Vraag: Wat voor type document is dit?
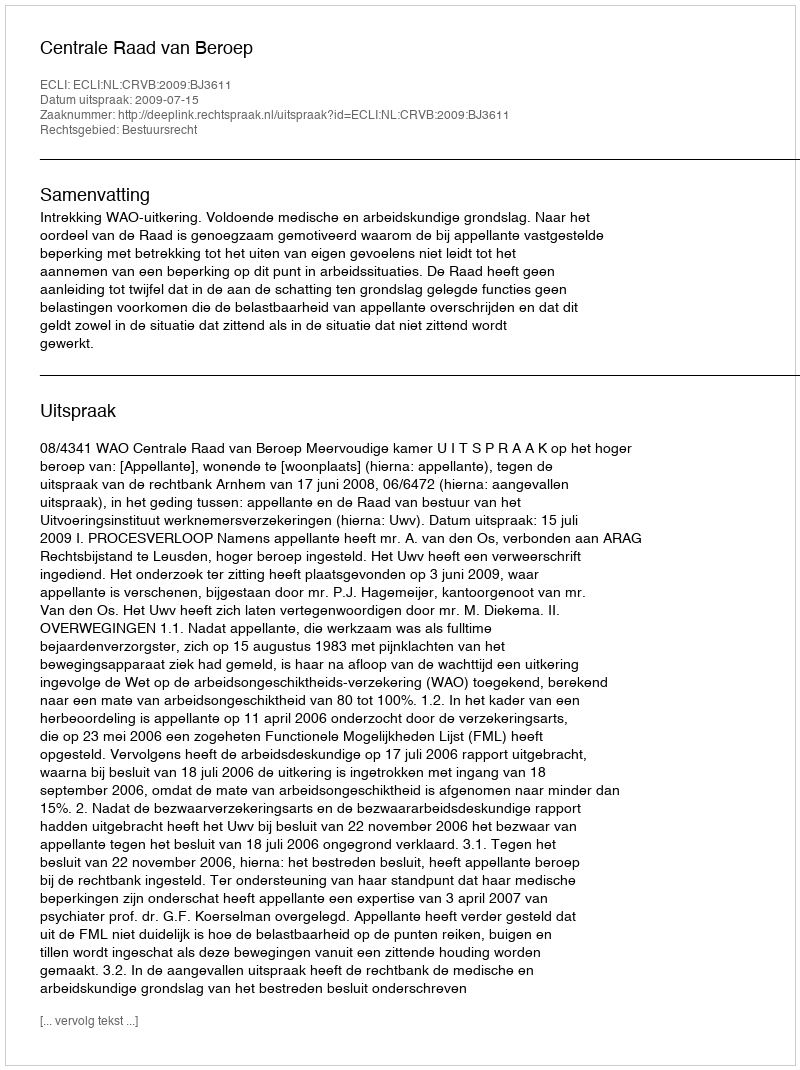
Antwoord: Uitspraak